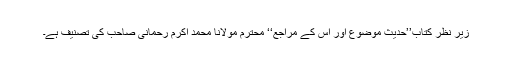
زیر نظر کتاب’’حدیث موضوع اور اس کے مراجع‘‘ محترم مولانا محمد اکرم رحمانی صاحب کی تصنیف ہے۔